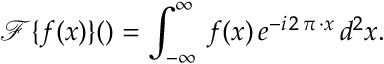
{ { \mathcal { F } \{ f ( \v x ) \} } } ( \v u ) = \int _ { - \infty } ^ { \infty } \, f ( \v x ) \, e ^ { - i \, 2 \, \pi \, \v u \cdot \v x } \, d ^ { 2 } \v x .